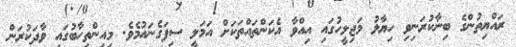
ރައްޔިތުންގެ ބިނާކުރަނިވި ހިޔާލު މަޖިލީހުގައި އިއްވާ އެކަންތައްތަކަށް އަމަލީ ސިފަގެނައުމެވެ. މިއިންތިހާބުގައި ވާދަކުރަން